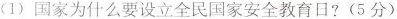
(1)国家为什么要设立全民国家安全教育日?(5分)